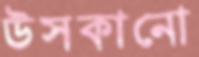
উসকানো